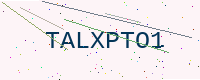
Text: TALXPTO1